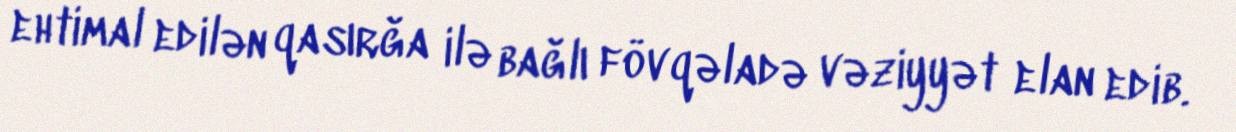
ehtimal edilən qasırğa ilə bağlı fövqəladə vəziyyət elan edib.